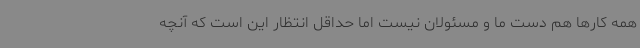
همه کارها هم دست ما و مسئولان نیست اما حداقل انتظار این است که آنچه